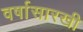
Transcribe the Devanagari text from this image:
वर्षासारखी